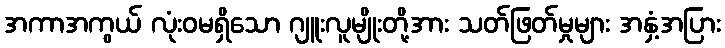
အကာအကွယ် လုံးဝမရှိသော ဂျူးလူမျိုးတို့အား သတ်ဖြတ်မှုများ အနှံ့အပြား